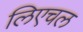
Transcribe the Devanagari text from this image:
लिएचल